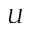
U